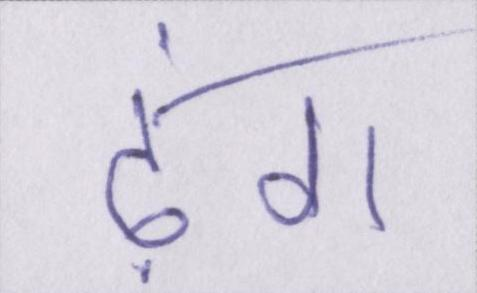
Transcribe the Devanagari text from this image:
ढ़ंग